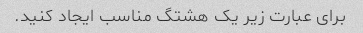
برای عبارت زیر یک هشتگ مناسب ایجاد کنید.